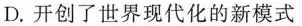
D.开创了世界现代化的新模式